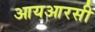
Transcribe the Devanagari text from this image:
आयआरसी